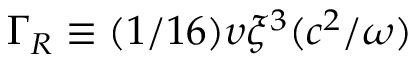
\Gamma _ { R } \equiv ( 1 / 1 6 ) \upsilon \xi ^ { 3 } ( c ^ { 2 } / \omega )